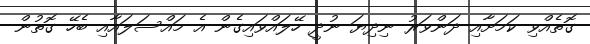
ގޮތެއްވި ކަމަށާއި ދަންވަރު ނިދިޔަ ނުދީ ހޭލައްވައިގެން އެ މައްސަލައާއި ބެހޭ ގޮތުން